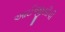
આઈજીસીપી